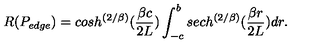
R ( P _ { e d g e } ) = c o s h ^ { \left( { 2 / \beta } \right) } ( { \frac { \beta c } { 2 L } } ) \int _ { - c } ^ { b } s e c h ^ { \left( { 2 / \beta } \right) } ( { \frac { \beta r } { 2 L } } ) d r .